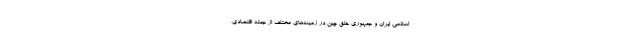
اسلامی ایران و جمهوری خلق چین در زمینه‌های مختلف از جمله اقتصادی،